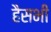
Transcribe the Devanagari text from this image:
हैसभी